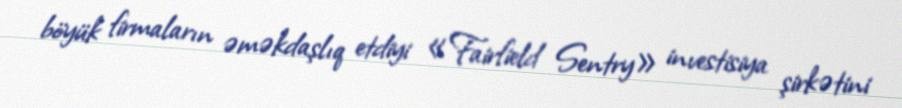
böyük firmaların əməkdaşlıq etdiyi «Fairfield Sentry» investisiya şirkətini